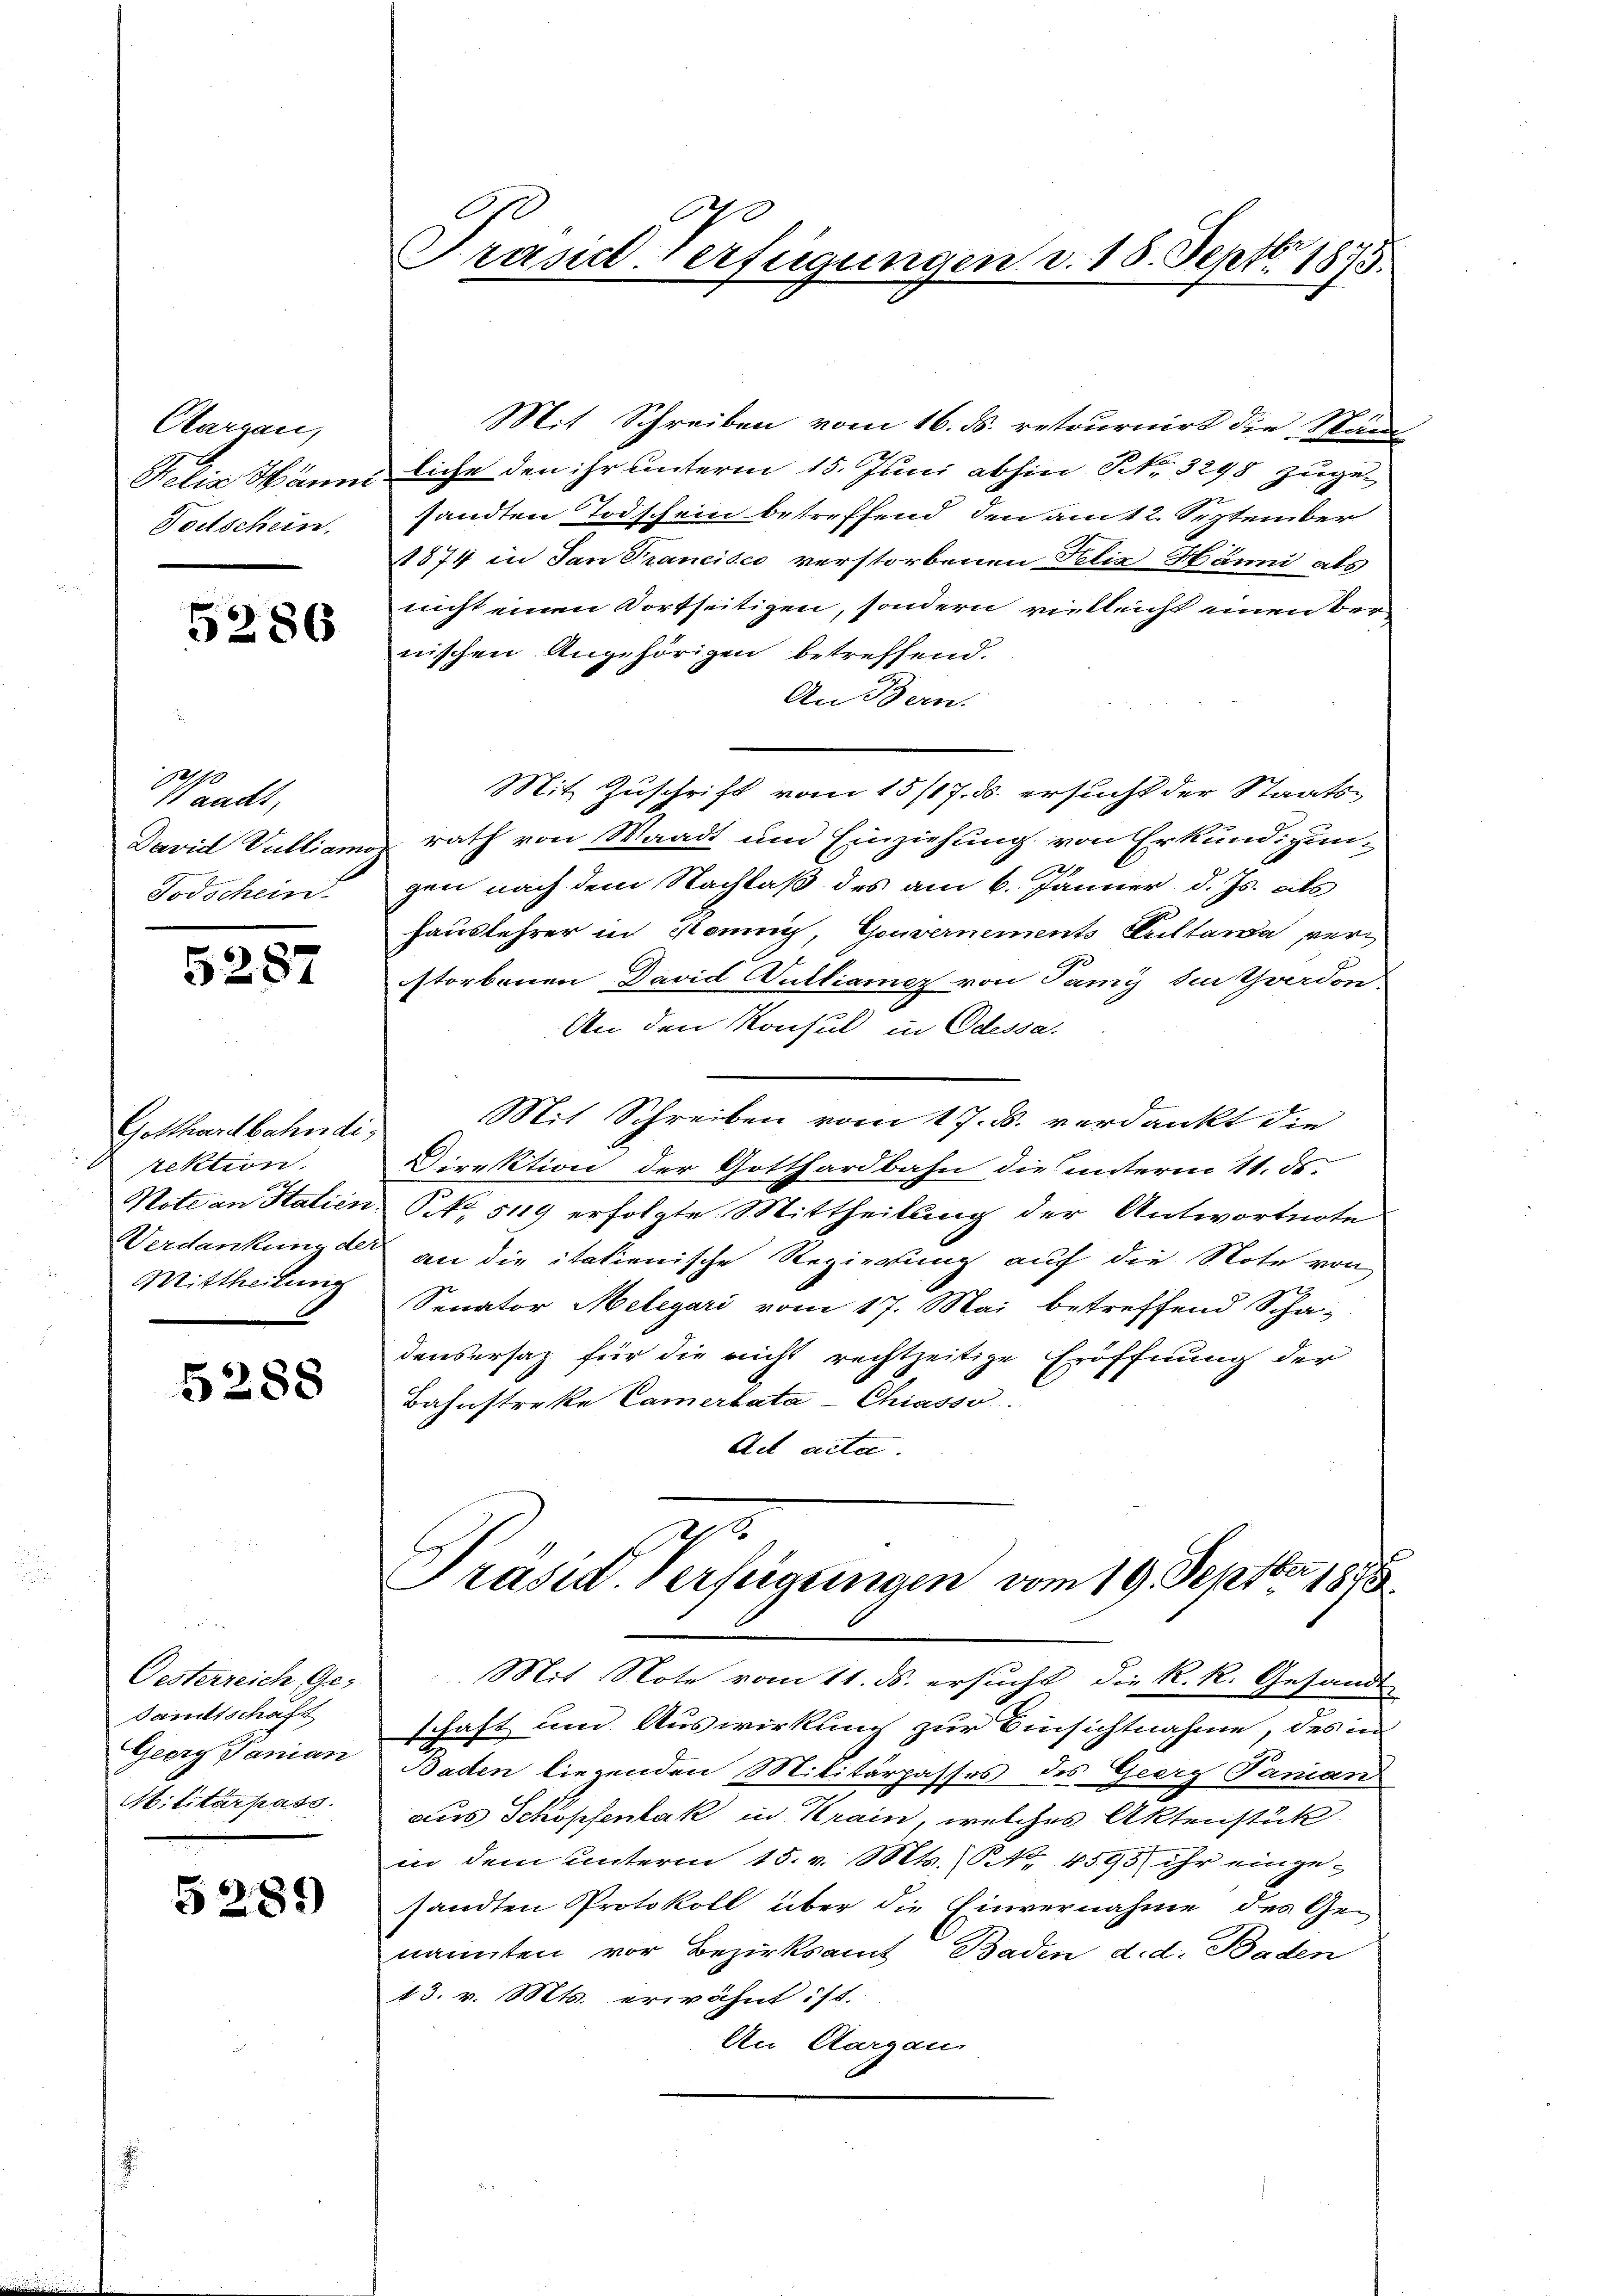
Olargau,
Pelia Wärm
Teutschein.

5286

Waadt,
David Vulliam
Todschein

5287

Gotthardbahnde
rektion.
Note an Halien
Verdankung de
Mittheilung

5288

Oesterreich, Ge-
Sanitschaft
Georg Janian
Militärpass

5289

C
Frand verfügungen d. 15. Septbr. 1873.

Mit Schreiben vom 16. ds. retournirt die Män-
liche den ihr unterm 15. Juni abhin No. 3298 zugesandten Todschein betreffend den am 12. September
1874 in San Trancisco verstorbenen Polie Männi als
nicht einen dortseitigen, sondern vielleicht einen Ver
nischen Angehörigen betreffend.
An Bern.
Mit Zuschrift vom 15/17. ds. ersucht der Staats-
rath von Waadt um Einziehung von Erkundigun¬
2
gen nach dem Nachlaß des am 6. Jänner d. Js. als
hauslehrer in Sonnes, Gouvernements Guttawa verstorbenen David Gulliamer von Jamy zu Yverdon,
An den Konsul in Odessa
Mit Schreiben vom 17. d. verdankt die
Direktion der Gotthardbahn die unterm 11. ds.
. S. 5119 erfolgte Mittheilung der Antwortnote
an die italienische Regierung auf die Note von
Senator Melegari vom 17. Mai betreffend Scha-
densersatz für die nicht rechtzeitige Eröffnung der
Bahnstreke Camerbata-Chiasso
Ad acta
z
Präsid. Verfügungen vom 19. Septber 1848
Mit Note vom 11. ds. ersucht, die K. R. Gesandt-
schaft und Auswirkung zur Einsichtnahme, des in
Baden liegenden Militärpasses des Georg Panian
dus Schöpfenbak in Krain, welches Aktenstück
in dem unterm 15. v. Mts. No. 4595 ihr eingesandten Protokoll über die Einvernahme des Genannten vor Bezirksamt Baden d. d. Baden
13. v. Mts. erwähnt ist.
An Aargau